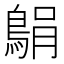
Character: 𫚼